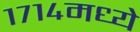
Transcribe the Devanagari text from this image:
१७१४मध्ये